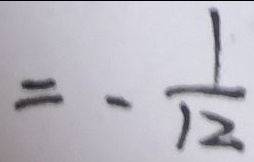
= - \frac { 1 } { 1 2 }